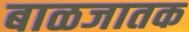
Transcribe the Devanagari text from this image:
बाळजातक